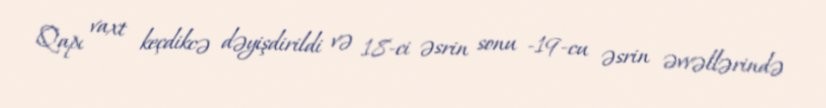
Qapı vaxt keçdikcə dəyişdirildi və 18-ci əsrin sonu -19-cu əsrin əvvəllərində